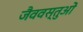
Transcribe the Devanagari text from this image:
जैववस्तुओं